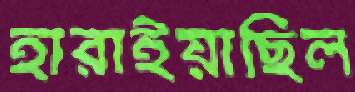
হারাইয়াছিল